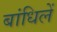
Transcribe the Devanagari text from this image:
बांधिलें